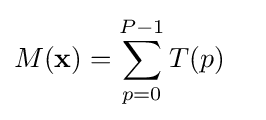
M(\mathbf {x} )=\sum _{p=0}^{P-1}T(p)\quad